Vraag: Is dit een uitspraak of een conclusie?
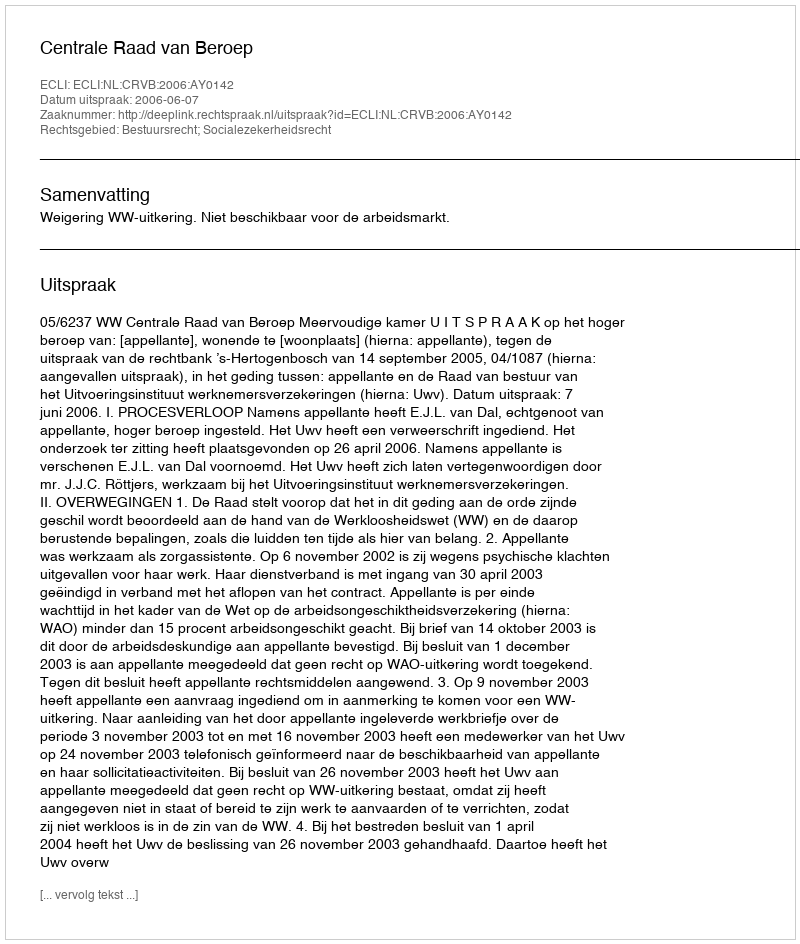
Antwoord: Uitspraak